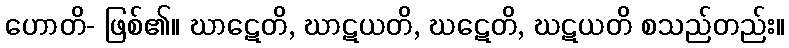
ဟောတိ- ဖြစ်၏။ ဃာဋေတိ, ဃာဋယတိ, ဃဋေတိ, ဃဋယတိ စသည်တည်း။